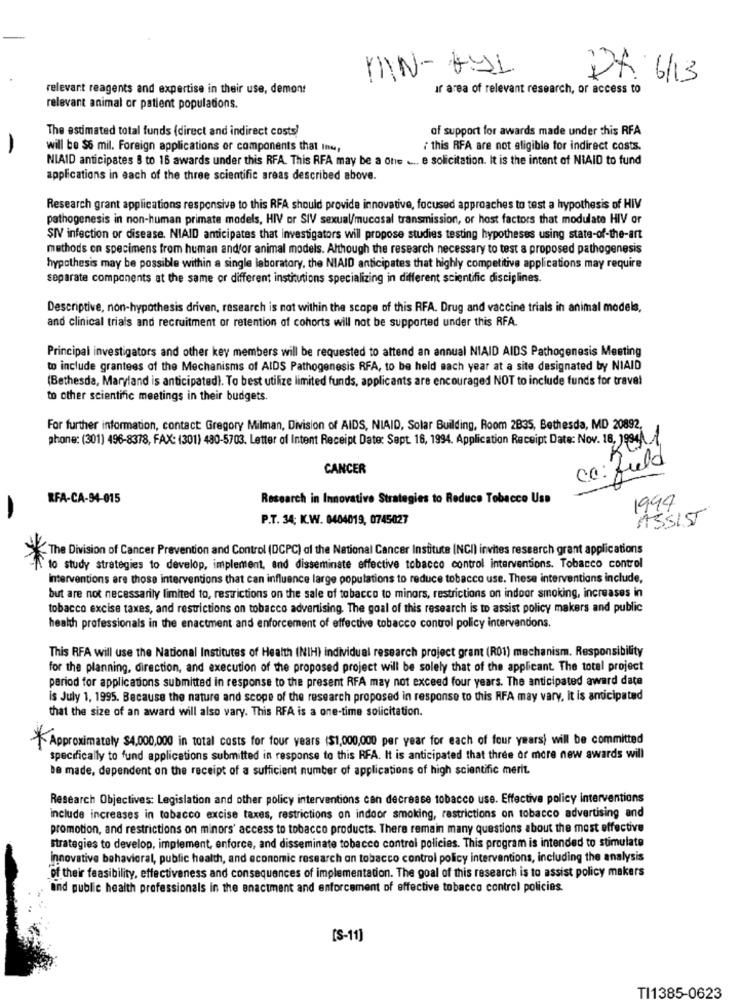
MN- 691
DR. 6/13
relevant reagents and expertise in their use, demont
Ir area of relevant research, or access to
relevant animal or patient populations.
The estimated total funds (direct and indirect costs)
of support for awards made under this RFA
-
will be $6 mil. Foreign applications or components that Ine,
this RFA are not eligible for indirect costs.
NIAID anticipates 8 to 16 awards under this RFA. This RFA may be a one .... e solicitation. It is the intent of NIAID to fund
applications in each of the three scientific areas described above.
Research grant applications responsive to this RFA should provide innovative, focused approaches to test a hypothesis of HIV
pathogenesis in non-human primate models, HIV or SIV sexual/mucosal transmission, or host factors that modulate HIV or
SIV infection or disease. NIAID anticipates that investigators will propose studies testing hypotheses using state-of-the-art
methods on specimens from human andfor animal models. Although the research necessary to test a proposed pathogenesis
hypothesis may be possible within a single laboratory, the NIAID anticipates that highly competitive applications may require
separate components at the same or different institutions specializing in different scientific disciplines.
Descriptive, non-hypothesis driven, research is not within the scope of this RFA. Drug and vaccine trials in animal models,
and clinical trials and recruitment or retention of cohorts will not be supported under this RFA.
Principal investigators and other key members will be requested to attend an annual NIAID AIDS Pathogenesis Meeting
to include grantees of the Mechanisms of AIDS Pathogenesis RFA, to be held each year at a site designated by NIAID
(Bethesda, Maryland is anticipated). To best utilize limited funds, applicants are encouraged NOT to include funds for travel
to other scientific meetings in their budgets.
For further information, contact Gregory Milman, Division of AIDS, NIAID, Solar Building, Room 2835, Bethesda, MD 20892.
phone: (301) 496-8378, FAX: (301) 480-5703. Letter of Intent Receipt Date: Sept. 16, 1994. Application Receipt Date: Nov. 18, Je94A1,
C.c: fuld
CANCER
RFA-CA-94-015
Research in Innovative Strategies to Reduce Tobacco Use
1999
P.T. 34; K.W. 0404019, 0745027
ASSIST
The Division of Cancer Prevention and Control (DCPC) of the National Cancer Institute (NCI) invites research grant applications
to study strategies to develop, implement, and disseminate effective tobacco control interventions. Tobacco control
interventions are those interventions that can influence large populations to reduce tobacco use. These interventions include,
but are not necessarily limited to, restrictions on the sale of tobacco to minors, restrictions on indoor smoking, increases in
tobacco excise taxes, and restrictions on tobacco advertising. The goal of this research is to assist policy makers and public
health professionals in the enactment and enforcement of effective tobacco control policy interventions.
This RFA will use the National Institutes of Health (NIH) individual research project grant (R01) mechanism. Responsibility
for the planning, direction, and execution of the proposed project will be solely that of the applicant The total project
period for applications submitted in response to the present RFA may not exceed four years. The anticipated award date
is July 1, 1995. Because the nature and scope of the research proposed in response to this RFA may vary, it is anticipated
that the size of an award will also vary. This RFA is a one-time solicitation.
Approximately $4,000,000 in total costs for four years ($1,000,000 per year for each of four years) will be committed
specifically to fund applications submitted in response to this RFA. It is anticipated that three or more new awards will
be made, dependent on the receipt of a sufficient number of applications of high scientific merit.
Research Objectives: Legislation and other policy interventions can decrease tobacco use. Effective policy interventions
include increases in tobacco excise taxes, restrictions on indoor smoking, restrictions on tobacco advertising and
promotion, and restrictions on minors' access to tobacco products. There remain many questions about the most effective
strategies to develop, implement, enforce, and disseminate tobacco control policies. This program is intended to stimulate
Innovative behavioral, public health, and economic research on tobacco control policy interventions, including the analysis
of their feasibility, effectiveness and consequences of implementation. The goal of this research is to assist policy makers
and public health professionals in the enactment and enforcement of effective tobacco control policies.
[S-11]
TI1385-0623